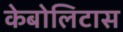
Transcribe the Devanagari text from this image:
केबोलिटास